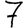
Digit: 7